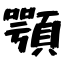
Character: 顎